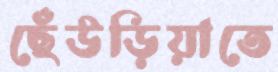
ছেঁউড়িয়াতে